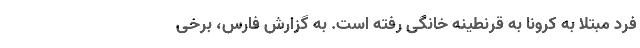
فرد مبتلا به کرونا به قرنطینه خانگی رفته است. به گزارش فارس، برخی